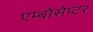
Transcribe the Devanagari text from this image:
एम्बोसेप्टर